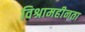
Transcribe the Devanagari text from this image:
विश्रामहीनता